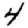
Digit: 4